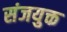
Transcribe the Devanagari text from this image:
संजयुक्त